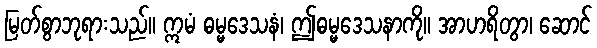
မြတ်စွာဘုရားသည်။ ဣမံ ဓမ္မဒေသနံ၊ ဤဓမ္မဒေသနာကို။ အာဟရိတွာ၊ ဆောင်